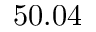
5 0 . 0 4